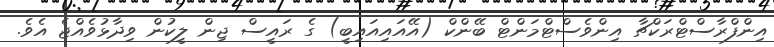
އިންފްރާސްޓްރަކްޗާ އިންވެސްޓްމަންޓް ބޭންކް (އޭއައިއައިބީ) ގެ ރައީސް ޖިން ލީކުން ވިދާޅުވެއްޖެ އެވެ.